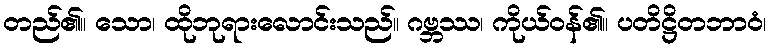
တည်၏။ သော၊ ထိုဘုရားလောင်းသည်။ ဂဗ္ဘဿ၊ ကိုယ်ဝန်၏။ ပတိဋ္ဌိတဘာဝံ၊